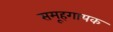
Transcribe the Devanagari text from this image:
समूहगायक